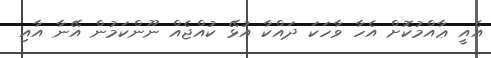
އެއީ ޢާއްމުކޮށް އެހާ ވާހަކަ ދައްކާ އުޅޭ ކުއްޖެއް ނޫންކަމުން އޭނާ އާއި